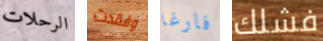
الرحلات وفقدت فارغا فشلك